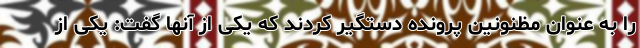
را به عنوان مظنونین پرونده دستگیر کردند که یکی از آنها گفت: یکی از